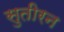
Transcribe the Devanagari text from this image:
सुतीरन